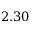
2 . 3 0